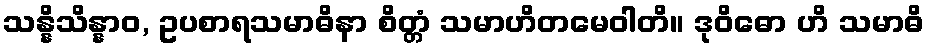
သန္နိသိန္နာဝ, ဥပစာရသမာဓိနာ စိတ္တံ သမာဟိတမေဝါတိ။ ဒုဝိဓော ဟိ သမာဓိ